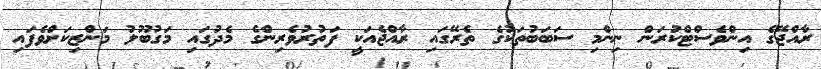
ރާއްޖޭގެ އިންވެސްޓްކުރަން ނިންމި ސަބަބުތަކުގެ ތެރޭގައި ރާއްޖެއަކީ ފަތުރުވެރިންގެ މެދުގައި މަގުބޫލު މަންޒިކަށްވެފައި